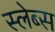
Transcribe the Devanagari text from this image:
स्लेब्स